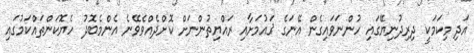
އަދި މިކަމަކީ ދިރިދުނިޔޭގައި ހުންނަވައިގެން އޭނަގެ ޤައުމަށާއި ރައްޔިތުންނަށް ކޮށްދެއްވެވޭނެ އެންމެބޮދު ހެޔޮކަންތައްކަމުގައި